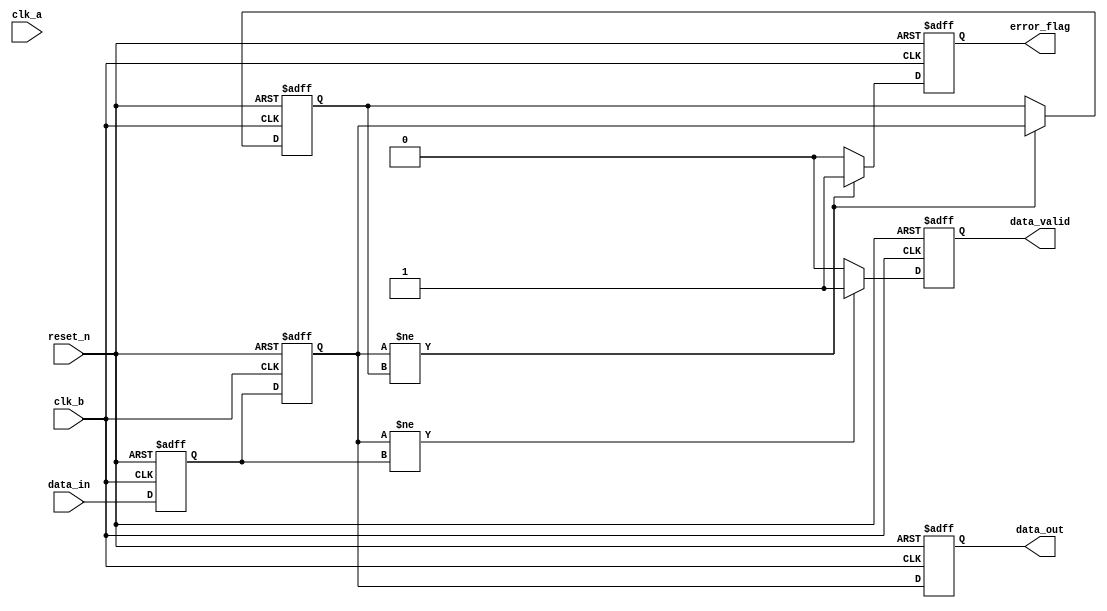
module cdc_detector (
    input wire clk_a,                // Source clock domain
    input wire clk_b,                // Destination clock domain
    input wire reset_n,              // Active-low asynchronous reset
    input wire data_in,              // Data signal from clk_a domain
    output reg data_valid,            // Indicates valid data is available
    output reg error_flag,           // Error flag for detected transitions
    output reg data_out              // Synchronized data output
);
    
    // Synchronizer flip-flops
    reg sync_ff1;
    reg sync_ff2;
    
    // Status register
    reg prev_sampled_data;
    
    // Asynchronous reset and sampling mechanism
    always @(posedge clk_b or negedge reset_n) begin
        if (!reset_n) begin
            sync_ff1 <= 1'b0;
            sync_ff2 <= 1'b0;
            data_out <= 1'b0;
            data_valid <= 1'b0;
            error_flag <= 1'b0;
            prev_sampled_data <= 1'b0;
        end else begin
            // Sample the incoming data signal
            sync_ff1 <= data_in; // Sample the data on the clock edge
            sync_ff2 <= sync_ff1; // Second flip-flop for metastability resolution
            
            // Update the output and check for valid data
            data_out <= sync_ff2;
            data_valid <= (sync_ff2 != sync_ff1) ? 1'b1 : 1'b0;
            
            // Detect transitions
            if (sync_ff2 != prev_sampled_data) begin
                error_flag <= 1'b1; // Transition detected
                prev_sampled_data <= sync_ff2; // Update the previous sampled state
            end else begin
                error_flag <= 1'b0; // No transition
            end
        end
    end
    
endmodule